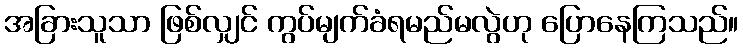
အခြားသူသာ ဖြစ်လျှင် ကွပ်မျက်ခံရမည်မလွဲဟု ပြောနေကြသည်။